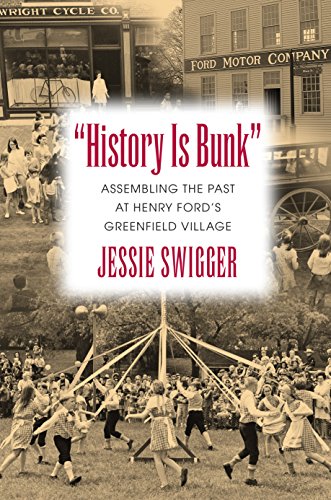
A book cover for "History Is Bunk": Assembling the Past at Henry Ford's Greenfield Village (Public History in Historical Perspective); Jessie Swigger; Business & Money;